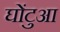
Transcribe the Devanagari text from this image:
घोंटुआ